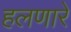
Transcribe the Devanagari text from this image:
हलणारे